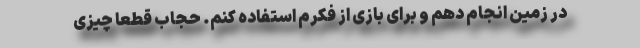
در زمین انجام دهم و برای بازی از فکرم استفاده کنم. حجاب قطعا چیزی